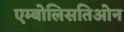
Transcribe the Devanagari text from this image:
एम्बोलिसतिओन